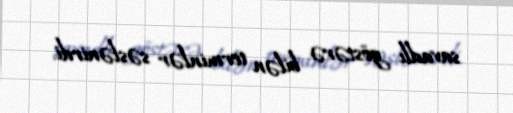
savadlı göstərə bilən terminlər səslənirdi.